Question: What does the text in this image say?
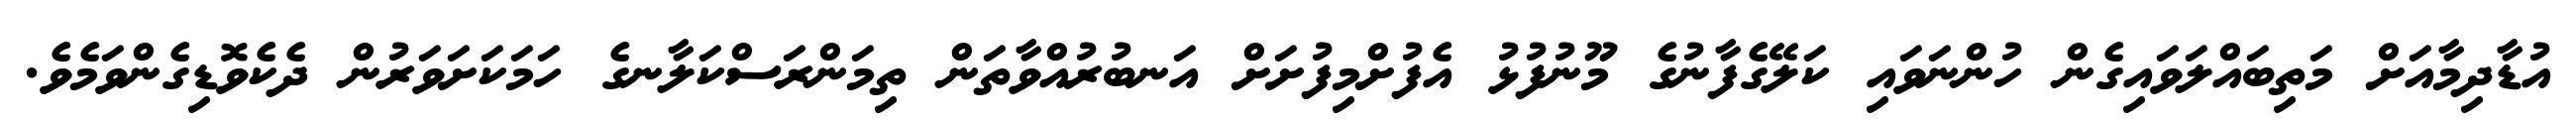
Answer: އުޑާދިމާއަށް މަތިބައްލަވައިގެން ހުންނަވައި ކަލޭގެފާނުގެ މޫނުފުޅު އެފުށްމިފުށަށް އަނބުރުއްވާތަން ތިމަންރަސްކަލާނގެ ހަމަކަށަވަރުން ދެކެވޮޑިގެންވަމެވެ.